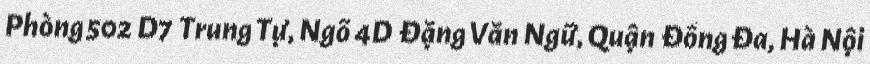
Phòng 502 D7 Trung Tự, Ngõ 4D Đặng Văn Ngữ, Quận Đống Đa, Hà Nội